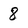
Character: 8